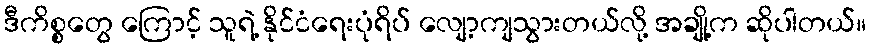
ဒီကိစ္စတွေ ကြောင့် သူရဲ့ နိုင်ငံရေးပုံရိပ် လျော့ကျသွားတယ်လို့ အချို့က ဆိုပါတယ်။